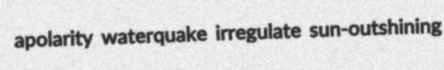
apolarity waterquake irregulate sun-outshining